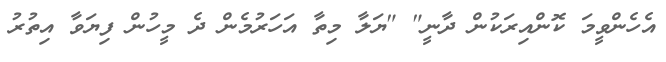
އެހެންވީމަ ކޮންއިރަކުން ދާނީ" "ޔަލާ މިތާ އަހަރުމެން ދެ މީހުން ފިޔަވާ އިތުރު